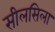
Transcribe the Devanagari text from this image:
सीलसिला